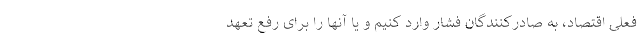
فعلی اقتصاد، به صادرکنندگان فشار وارد کنیم و یا آنها را برای رفع تعهد